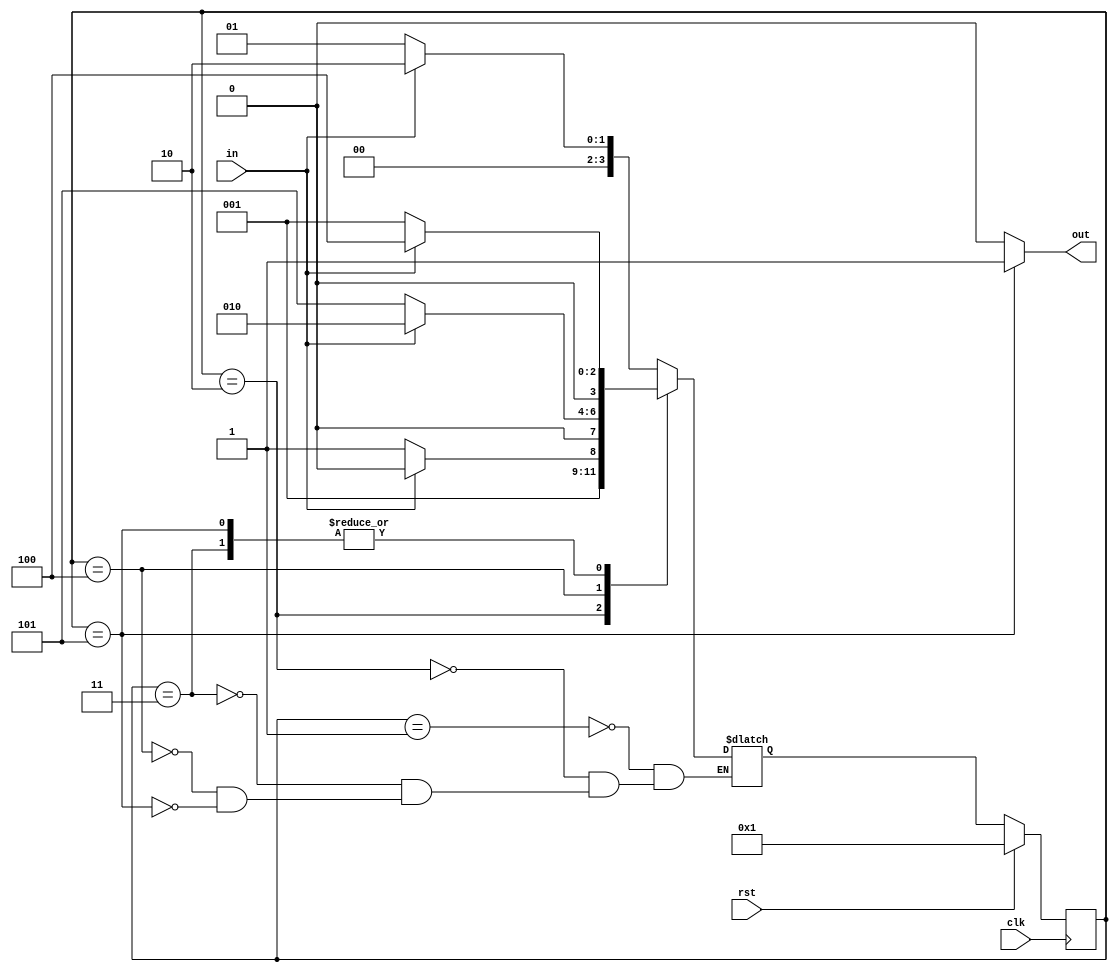
`timescale 1ns / 1ps
//Overlapping Moore Sequence Detector
module moore_overlapping(out,clk,rst,in);
output out;
input clk,rst,in;
parameter s0=4'h1,
          s1=4'h2,
          s2=4'h3,
          s3=4'h4,
          s4=4'h5;
reg [3:0] cs,ns;
assign out = cs == s4 ? 1 : 0;
always @(posedge clk)
begin
    if(rst)
        cs<=s0;
    else
        cs<=ns;
end

always @(cs or in)
begin
    case(cs)
        s0:begin
            if(in==1)
                ns<=s1;
            else
                ns<=s0;
            end
        s1:begin
            if(in==1)
                ns<=s1;
            else
                ns<=s2;
            end
        s2:begin
                if(in==1)
                    ns<=s3;
                else
                    ns<=s0;
                end       
        s3:begin
                    if(in==1)
                        ns<=s1;
                    else
                        ns<=s4;
                    end
        s4:begin
                    if(in==1)
                        ns<=s3;
                    else
                        ns<=s0;
                    end
    endcase
end

endmodule